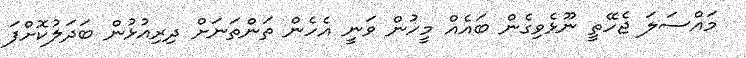
މައްސަލަ ޖެހޭތީ ނޫޅެވިގެން ބައެއް މީހުން ވަނީ އެހެން ތަންތަނަށް ދިރިއުޅުން ބަދަލުކޮށްފަ